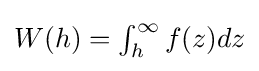
W(h)=\textstyle \int _{h}^{\infty }f(z)dz